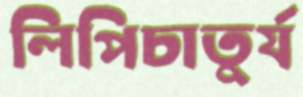
লিপিচাতুর্য